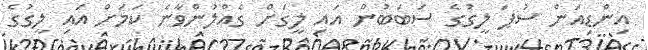
އިންޑިއަން ސުޕަ ލީގުގެ ސަބަބުން އައި ލީގަށް ގެއްލުންވާނެ ކަމަށް އައި ލީގުގެ